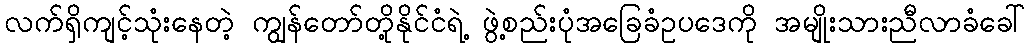
လက်ရှိကျင့်သုံးနေတဲ့ ကျွန်တော်တို့နိုင်ငံရဲ့ ဖွဲ့စည်းပုံအခြေခံဥပဒေကို အမျိုးသားညီလာခံခေါ်